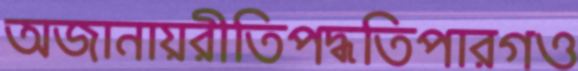
অজানায়রীতিপদ্ধতিপারগও